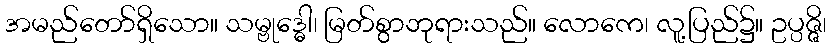
အမည်တော်ရှိသော။ သမ္ဗုဒ္ဓေါ၊ မြတ်စွာဘုရားသည်။ လောကေ၊ လူ့ပြည်၌။ ဥပ္ပဇ္ဇိ၊